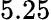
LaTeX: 5.25